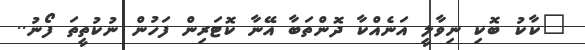
"ކާކު ބޮކި ނިވާލީ އަނެއްކާ ދޮންތަބާ އޭނާ ކޮޓަރިން ފަހުން ނުކުތީތަ ފޯނު..